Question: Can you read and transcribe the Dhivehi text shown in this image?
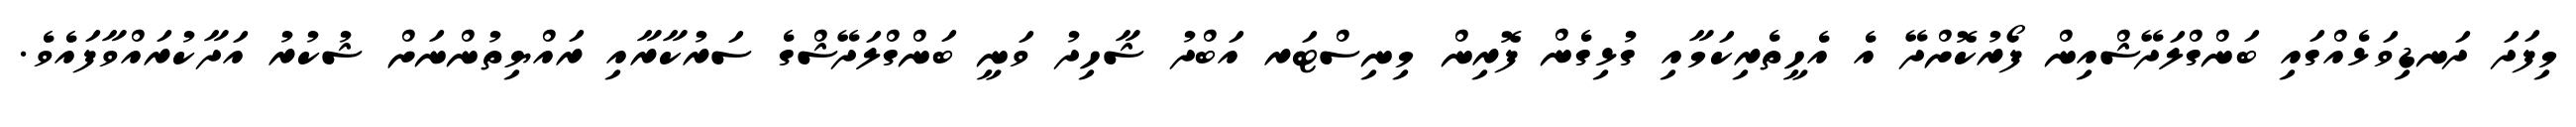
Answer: މިފަދަ ދަނޑިވަޅެއްގައި ބަންގްލަދޭޝްއިން ފޯރުކޮށްދޭ އެ އެހީތެރިކަމާއި ގުޅިގެން ފޮރިން މިނިސްޓަރ އަބްދު ޝާހިދު ވަނީ ބަންގްލަދޭޝްގެ ސަރުކާރާއި ރައްޔިތުންނަށް ޝުކުރު އަދާކުރައްވާފައެވެ.